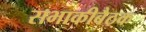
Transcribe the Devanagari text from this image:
सभाकीबैठक